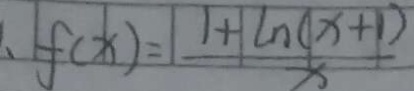
f ( x ) = \frac { 1 + \ln ( x + 1 ) } { x }